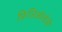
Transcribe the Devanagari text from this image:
फ़िज़िऑलॉजी